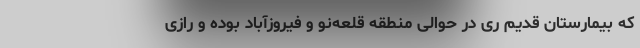
که بیمارستان قدیم ری در حوالی منطقه قلعه‌نو و فیروزآباد بوده و رازی